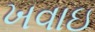
ખવાઇ